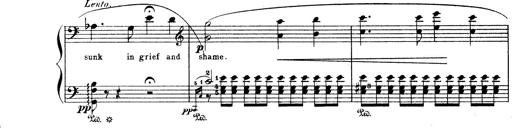
Title: Wagner-Liszt Album
Composer: Franz Liszt